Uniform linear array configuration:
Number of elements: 64
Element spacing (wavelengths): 0.75
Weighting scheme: uniform
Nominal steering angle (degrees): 30
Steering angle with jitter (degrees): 29.014
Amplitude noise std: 0.05
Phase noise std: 0.05

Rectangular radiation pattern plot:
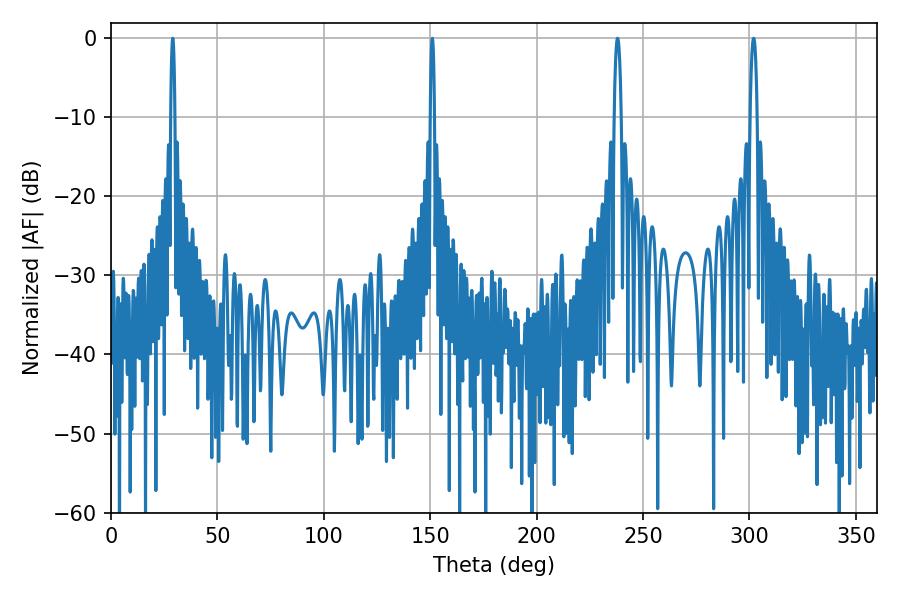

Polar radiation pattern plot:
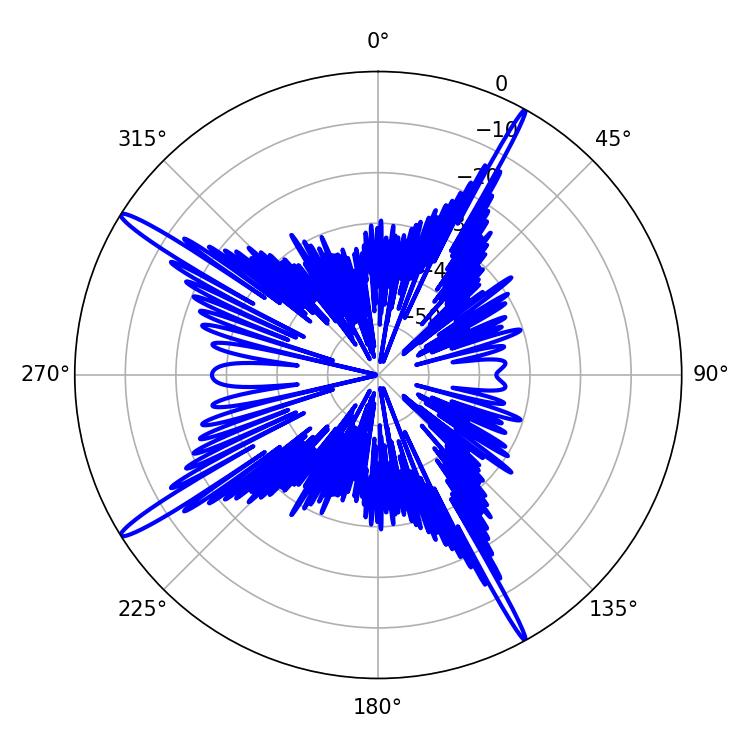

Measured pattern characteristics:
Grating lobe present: TRUE
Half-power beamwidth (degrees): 1.08
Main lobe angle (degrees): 28.98